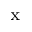
_ \textrm { x }